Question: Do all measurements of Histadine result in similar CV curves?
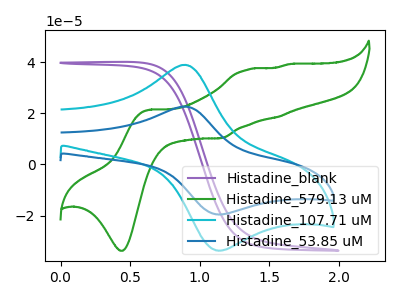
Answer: <think>The purple curve "Histadine_blank" has no peaks. The green curve "Histadine_579.13 uM" has anodic peaks at (0.65V, 21.35uA) (1.35V, 37.00uA) (1.55V, 18.45uA) (1.65V, 39.15uA) and cathodic peaks at (0.45V, -33.75uA) (1.15V, 10.25uA). The cyan curve "Histadine_107.71 uM" has an anodic peak at (0.90V, 38.90uA) and a cathodic peak at (1.10V, -33.60uA). The blue curve "Histadine_53.85 uM" has an anodic peak at (0.90V, 22.60uA) and a cathodic peak at (1.10V, -19.50uA).
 "Histadine_blank" and "Histadine_579.13 uM" have a different number of peaks. "Histadine_blank" and "Histadine_107.71 uM" have a different number of peaks. "Histadine_blank" and "Histadine_53.85 uM" have a different number of peaks. "Histadine_579.13 uM" and "Histadine_107.71 uM" have a different number of peaks. "Histadine_579.13 uM" and "Histadine_53.85 uM" have a different number of peaks. All the peaks in "Histadine_107.71 uM" have a peak in "Histadine_53.85 uM" at the same potential. Every peak in "Histadine_107.71 uM" is higher than every peak in "Histadine_53.85 uM".</think>
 <answer>All the CV's of "Histadine" have similar shape.</answer>
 <eval>follow_rule</eval>